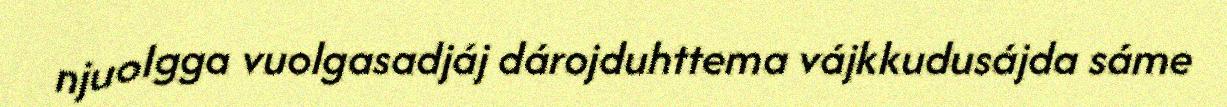
njuolgga vuolgasadjáj dárojduhttema vájkkudusájda sáme